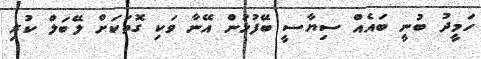
ހަމީދު ބުނީ ބައެއް ސިޔާސީ ބޭފުޅުން އޭނާ ވަކި ގޮތަކަށް ލޭބަލް ކުރި